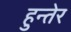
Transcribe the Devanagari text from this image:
हुन्तेर